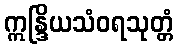
ဣန္ဒြိယသံဝရသုတ္တံ